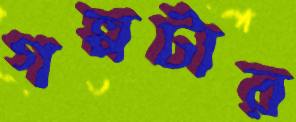
গল্পটার